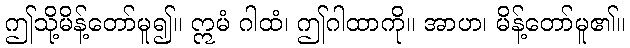
ဤသို့မိန့်တော်မူ၍။ ဣမံ ဂါထံ၊ ဤဂါထာကို။ အာဟ၊ မိန့်တော်မူ၏။